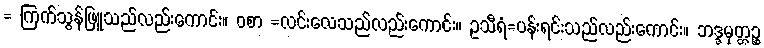
= ကြက်သွန်ဖြူသည်လည်းကောင်း။ ဝစာ =လင်းလေသည်လည်းကောင်း။ ဥသီရံ=ပန်းရင်းသည်လည်းကောင်း။ ဘဒ္ဒမုတ္တဉ္စ